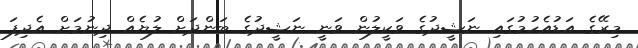
މިރޭގެ އަޑުއެހުމުގައި ނަޝީދުގެ ވަކީލުން ވަނީ ނަޝީދުގެ ބަންދަށް ލުޔެއް ދިނުމަށް އެދިފަ